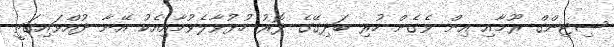
ސިޓިންގް ރޫމާއި އިން ވެގެން ހުރި ބަދިގޭގެ ދޮރު ހުޅުވާލެވުމާއިއެކު އޭނާ ދުއްވައިގަތީ